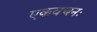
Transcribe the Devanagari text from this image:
एकवचनः